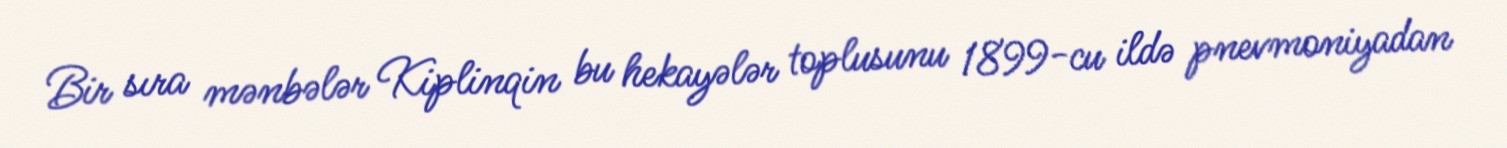
Bir sıra mənbələr Kiplinqin bu hekayələr toplusunu 1899-cu ildə pnevmoniyadan